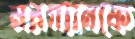
মরগ্যানকে